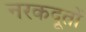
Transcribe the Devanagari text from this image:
नरकदूतों